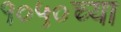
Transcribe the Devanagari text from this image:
१०५०च्या